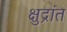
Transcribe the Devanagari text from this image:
क्षुद्रांत